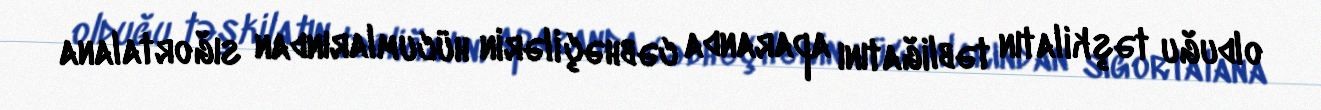
olduğu təşkilatın təbliğatını aparanda cəbhəçilərin hücumlarından sığortalana